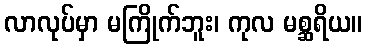
လာလုပ်မှာ မကြိုက်ဘူး၊ ကုလ မစ္ဆရိယ။